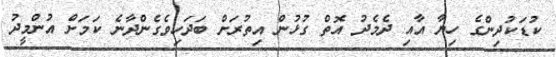
ކުޑަކުދިންގެ ހިޔާ އާއި ދެމެދު އޮތް ގުޅުން އިތުރަށް ބަދަހިވެގެންދާނެ ކަމަށް އުންމީދު